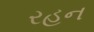
રહન